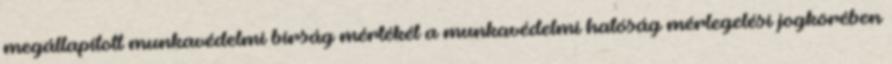
megállapított munkavédelmi bírság mértékét a munkavédelmi hatóság mérlegelési jogkörében